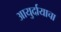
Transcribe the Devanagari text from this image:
आयुर्दायाचा